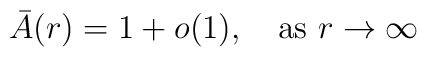
\bar A(r)=1+o(1),\quad \mbox{as\ }r\to\infty